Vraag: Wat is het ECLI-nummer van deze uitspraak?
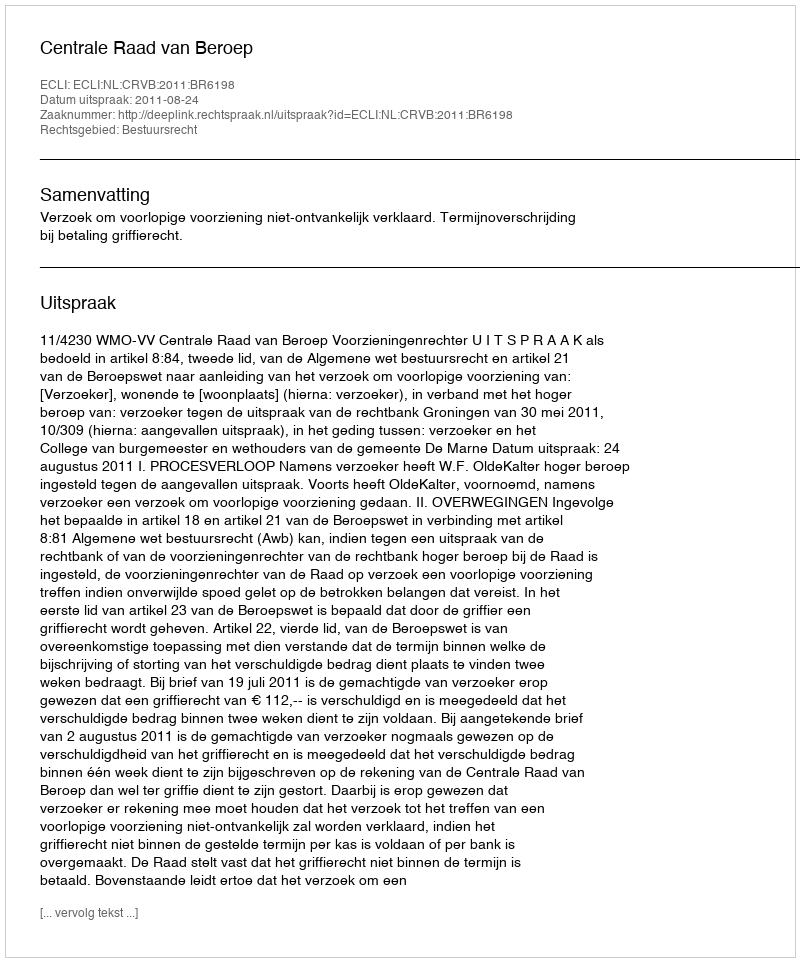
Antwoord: ECLI:NL:CRVB:2011:BR6198